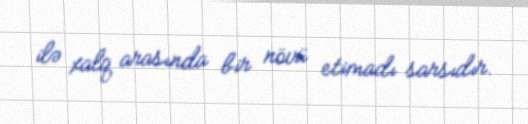
ilə xalq arasında bir növü etimadı sarsıdır.